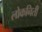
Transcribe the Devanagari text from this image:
लोकनिती